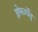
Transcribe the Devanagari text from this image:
श्लोकार्धेतु